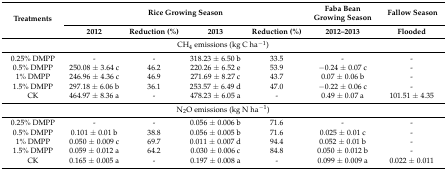
<table><thead><tr><td rowspan="2"><b>Treatments</b></td><td colspan="4"><b>Rice Growing Season</b></td><td><b>Faba Bean Growing Season</b></td><td><b> Fallow Season</b></td></tr><tr><td><b>2012</b></td><td><b>Reduction (%)</b></td><td><b>2013</b></td><td><b>Reduction (%)</b></td><td><b>2012–2013</b></td><td><b>Flooded</b></td></tr></thead><tbody><tr><td colspan="7">CH<sub>4</sub> emissions (kg C ha<sup>−1</sup>)</td></tr><tr><td>0.25% DMPP</td><td>-</td><td>-</td><td>318.23 ± 6.50 b</td><td>33.5</td><td>-</td><td>-</td></tr><tr><td>0.5% DMPP</td><td>250.08 ± 3.64 c</td><td>46.2</td><td>220.26 ± 6.52 e</td><td>53.9</td><td>−0.24 ± 0.07 c</td><td>-</td></tr><tr><td>1% DMPP</td><td>246.96 ± 4.36 c</td><td>46.9</td><td>271.69 ± 8.27 c</td><td>43.7</td><td>0.07 ± 0.06 b</td><td>-</td></tr><tr><td>1.5% DMPP</td><td>297.18 ± 6.06 b</td><td>36.1</td><td>253.57 ± 6.49 d</td><td>47.0</td><td>−0.22 ± 0.06 c</td><td>-</td></tr><tr><td>CK</td><td>464.97 ± 8.36 a</td><td>-</td><td>478.23 ± 6.05 a</td><td>-</td><td>0.49 ± 0.07 a</td><td>101.51 ± 4.35</td></tr><tr><td colspan="7">N<sub>2</sub>O emissions (kg N ha<sup>−1</sup>)</td></tr><tr><td>0.25% DMPP</td><td>-</td><td>-</td><td>0.056 ± 0.006 b</td><td>71.6</td><td>-</td><td>-</td></tr><tr><td>0.5% DMPP</td><td>0.101 ± 0.01 b</td><td>38.8</td><td>0.056 ± 0.005 b</td><td>71.6</td><td>0.025 ± 0.01 c</td><td>-</td></tr><tr><td>1% DMPP</td><td>0.050 ± 0.009 c</td><td>69.7</td><td>0.011 ± 0.007 d</td><td>94.4</td><td>0.052 ± 0.01 b</td><td>-</td></tr><tr><td>1.5% DMPP</td><td>0.059 ± 0.012 a</td><td>64.2</td><td>0.030 ± 0.006 c</td><td>84.8</td><td>0.050 ± 0.012 b</td><td>-</td></tr><tr><td>CK</td><td>0.165 ± 0.005 a</td><td>-</td><td>0.197 ± 0.008 a</td><td>-</td><td>0.099 ± 0.009 a</td><td>0.022 ± 0.011</td></tr></tbody></table>